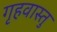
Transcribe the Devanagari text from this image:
गृहवास्तु